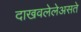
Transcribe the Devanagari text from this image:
दाखवलेलेअसते